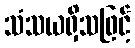
သံသယရှိသဖြင့်